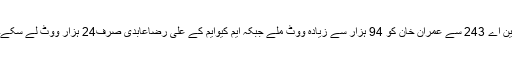
این اے 243 سے عمران خان کو 94 ہزار سے زیادہ ووٹ ملے جبکہ ایم کیوایم کے علی رضاعابدی صرف24 ہزار ووٹ لے سکے۔